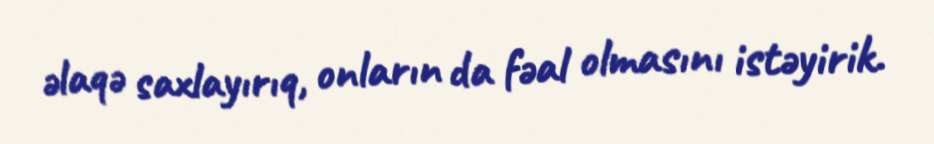
əlaqə saxlayırıq, onların da fəal olmasını istəyirik.